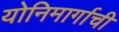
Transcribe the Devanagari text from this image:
योनिमार्गाची